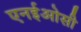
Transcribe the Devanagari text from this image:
एनईओसी